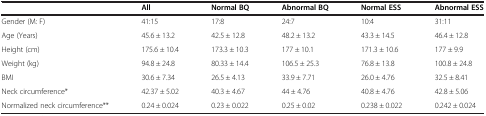
<table><thead><tr><td><b> </b></td><td><b>All</b></td><td><b>Normal BQ</b></td><td><b>Abnormal BQ</b></td><td><b>Normal ESS</b></td><td><b>Abnormal ESS</b></td></tr></thead><tbody><tr><td>Gender (M: F)</td><td>41:15</td><td>17:8</td><td>24:7</td><td>10:4</td><td>31:11</td></tr><tr><td>Age (Years)</td><td>45.6 ± 13.2</td><td>42.5 ± 12.8</td><td>48.2 ± 13.2</td><td>43.3 ± 14.5</td><td>46.4 ± 12.8</td></tr><tr><td>Height (cm)</td><td>175.6 ± 10.4</td><td>173.3 ± 10.3</td><td>177 ± 10.1</td><td>171.3 ± 10.6</td><td>177 ± 9.9</td></tr><tr><td>Weight (kg)</td><td>94.8 ± 24.8</td><td>80.33 ± 14.4</td><td>106.5 ± 25.3</td><td>76.8 ± 13.8</td><td>100.8 ± 24.8</td></tr><tr><td>BMI</td><td>30.6 ± 7.34</td><td>26.5 ± 4.13</td><td>33.9 ± 7.71</td><td>26.0 ± 4.76</td><td>32.5 ± 8.41</td></tr><tr><td>Neck circumference*</td><td>42.37 ± 5.02</td><td>40.3 ± 4.67</td><td>44 ± 4.76</td><td>40.8 ± 4.76</td><td>42.8 ± 5.06</td></tr><tr><td>Normalized neck circumference**</td><td>0.24 ± 0.024</td><td>0.23 ± 0.022</td><td>0.25 ± 0.02</td><td>0.238 ± 0.022</td><td>0.242 ± 0.024</td></tr></tbody></table>